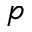
p